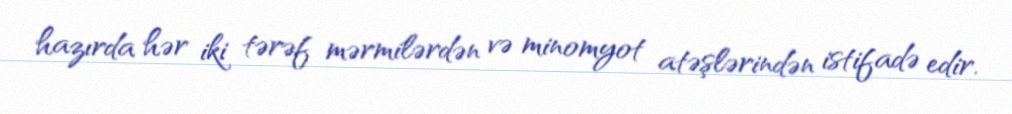
hazırda hər iki tərəf mərmilərdən və minomyot atəşlərindən istifadə edir.